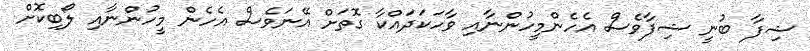
ޝިފާ ބުނީ ޝިފާވެސް އެހެންމީހުންނާއި ވާހަކަދައްކާ ގޮތަށް އޭނަވެސް އެހެން މީހުންނާއި ލޯބިކޮށް